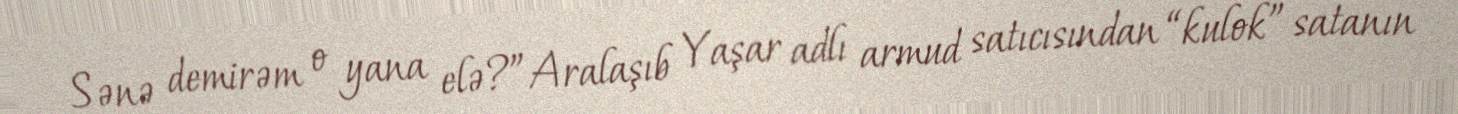
Sənə demirəm o yana elə?”Aralaşıb Yaşar adlı armud satıcısından “kulok” satanın